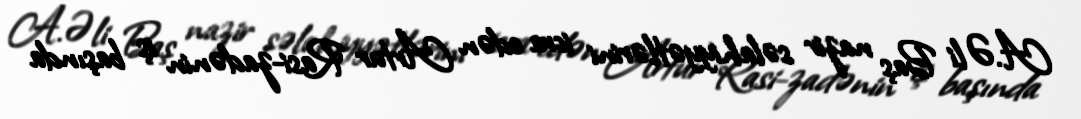
A.Əli Baş nazir səlahiyyətlərini icra edən Artur Rasi-zadənin iş başında